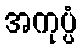
အကုပ္ပံ